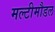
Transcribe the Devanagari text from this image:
मल्टीमौडल